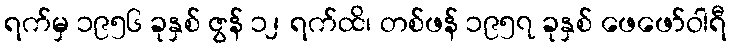
ရက်မှ ၁၉၅၆ ခုနှစ် ဇွန် ၁၂ ရက်ထိ၊ တစ်ဖန် ၁၉၅၇ ခုနှစ် ဖေဖော်ဝါရီ